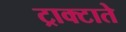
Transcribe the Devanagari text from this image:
ट्राक्टाते